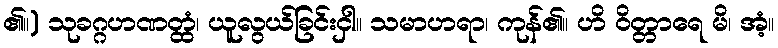
၏။) သုခဂ္ဂဟဏတ္ထံ၊ ယူလွယ်ခြင်းငှါ။ သမာဟရာ၊ ကုန်၏။ ဟိ ဝိတ္တာရေ မိ၊ အံ့။